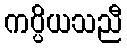
ကပ္ပိယသညီ